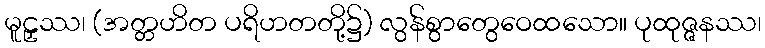
မူဠှဿ၊ (အတ္တဟိတ ပရိဟတတို့၌) လွန်စွာတွေဝေထသော။ ပုထုဇ္ဇနဿ၊